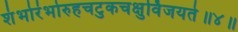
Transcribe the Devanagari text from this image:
शंभोरंभोरुहचटुकचक्षुर्विजयते॥४॥